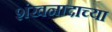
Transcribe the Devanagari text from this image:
शंखनादाच्या